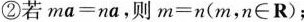
②若ma=na，则m=n(m，n∈R)；